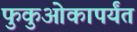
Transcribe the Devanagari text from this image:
फुकुओकापर्यंत